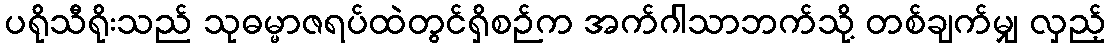
ပရိုသီရိုးသည် သုဓမ္မာဇရပ်ထဲတွင်ရှိစဉ်က အက်ဂါသာဘက်သို့ တစ်ချက်မျှ လှည့်